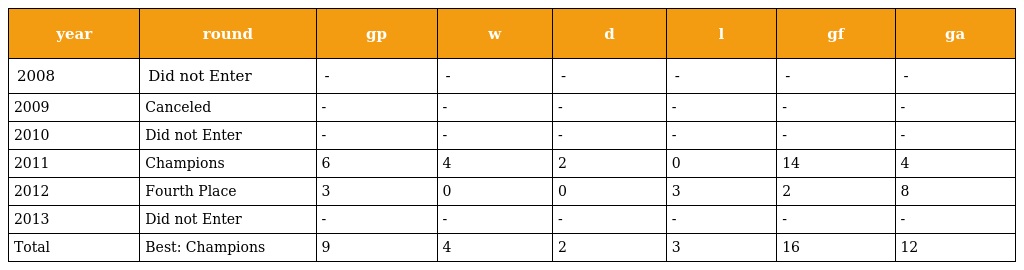
| year | round | gp | w | d | l | gf | ga |
 | --- | --- | --- | --- | --- | --- | --- | --- |
 | 2008 | Did not Enter | - | - | - | - | - | - |
 | 2009 | Canceled | - | - | - | - | - | - |
 | 2010 | Did not Enter | - | - | - | - | - | - |
 | 2011 | Champions | 6 | 4 | 2 | 0 | 14 | 4 |
 | 2012 | Fourth Place | 3 | 0 | 0 | 3 | 2 | 8 |
 | 2013 | Did not Enter | - | - | - | - | - | - |
 | Total | Best: Champions | 9 | 4 | 2 | 3 | 16 | 12 |